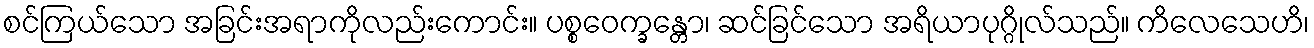
စင်ကြယ်သော အခြင်းအရာကိုလည်းကောင်း။ ပစ္စဝေက္ခန္တော၊ ဆင်ခြင်သော အရိယာပုဂ္ဂိုလ်သည်။ ကိလေသေဟိ၊